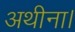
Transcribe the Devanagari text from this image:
अथीना।